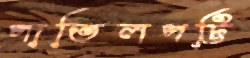
পাতিলপট্টি